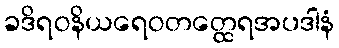
ခဒိရဝနိယရေဝတတ္ထေရအပဒါနံ